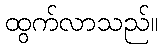
ထွက်လာသည်။